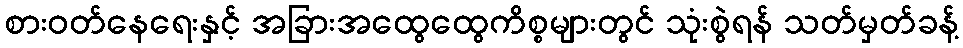
စားဝတ်နေရေးနှင့် အခြားအထွေထွေကိစ္စများတွင် သုံးစွဲရန် သတ်မှတ်ခန့်